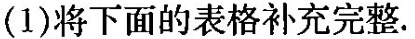
(1)将下面的表格补充完整.